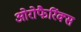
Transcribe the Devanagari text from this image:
ओरोफैरिंक्स